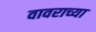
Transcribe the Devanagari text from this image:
वावराच्या